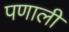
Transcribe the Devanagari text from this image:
पणाली